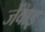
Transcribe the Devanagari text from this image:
जेंवाइ